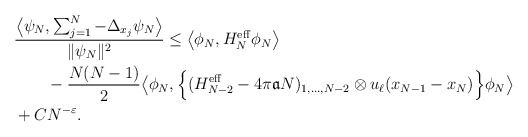
\begin{align*} &\frac{\big\langle \psi_N, \sum_{j=1}^N -\Delta_{x_j} \psi_N\big\rangle}{\|\psi_N\|^2} \le \big\langle \phi_N, H_N^\mathrm{eff} \phi_N\big\rangle \\&\qquad-\frac{N(N-1)}{2}\big\langle\phi_N,\Big\{(H_{N-2}^\mathrm{eff}-4\pi\mathfrak{a}N)_{1,\dots,N-2}\otimes u_\ell(x_{N-1}-x_N) \Big\}\phi_N \big\rangle\\&+ C N^{-\varepsilon}.\end{align*}